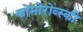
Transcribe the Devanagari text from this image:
कोमोरोव्स्की